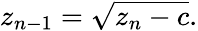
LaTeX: z_{n-1}={\sqrt{z_{n}-c}}.